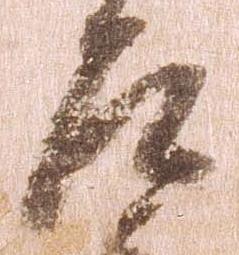
左